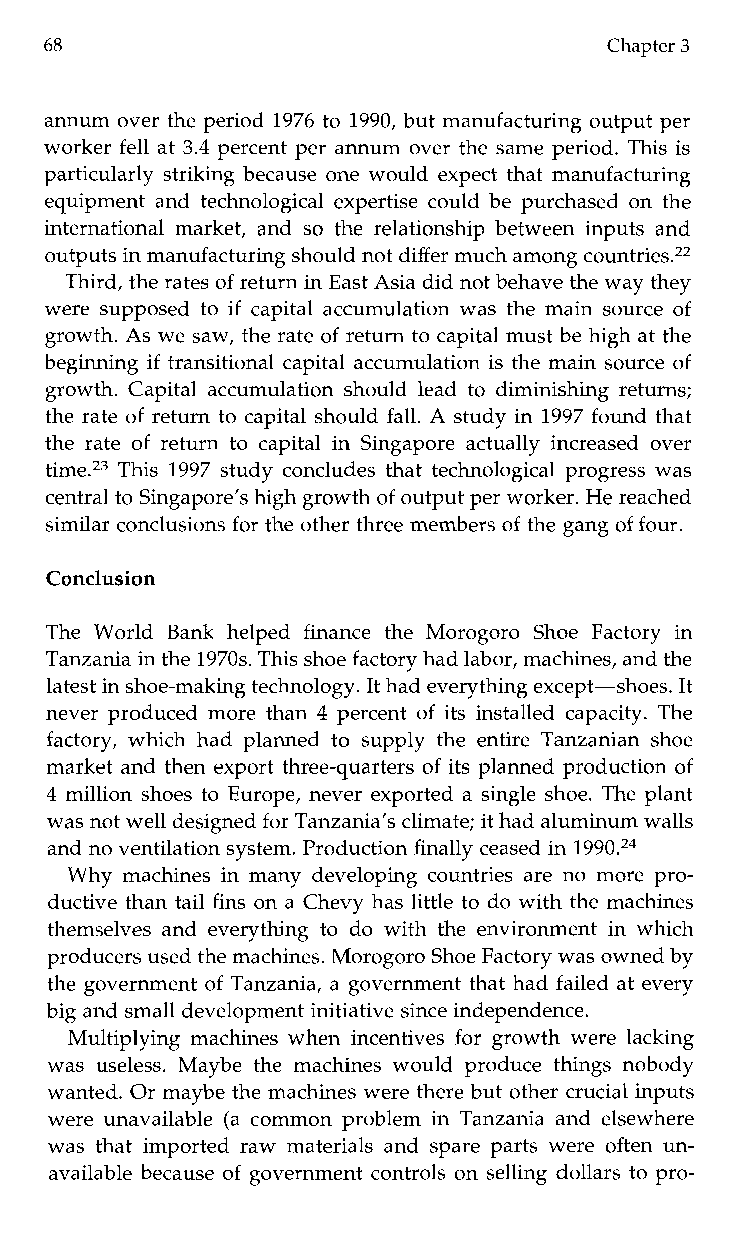
68                                   Chapter 3
 annum over the period 1976 to 1990, but manufacturing output per
 worker fell at 3.4 percent per annum over the same period. This is
 particularly striking because one would expect that manufacturing
 equipment and technological expertise could be purchased on the
 international market, and so the relationship between inputs and
 outputs in manufacturing should not differ much amongc ountries.22
 Third, the rates of return in East Asia did not behavet he way they
 were supposed to if capital accumulation was the main source of
 growth. As we saw, the rate of return to capital must be high at the
 beginning if transitional capital accumulation is the main source of
 growth. Capital accumulation should lead to diminishing returns;
 the rate of return to capital should fall. A study in 1997 found that
 the rate of return to capital in Singapore actually increased over
 time.23 This 1997 study concludes that technological progress was
 central to Singapore’s high growth of output per worker. He reached
 similar conclusions for the other three members of the gang of four.
 Conclusion
 The World Bank helped finance the Morogoro Shoe Factory in
 Tanzania in the 1970s. This shoe factory had labor, machines, and the
 latest in shoe-making technology. It had everythinge xcept-shoes. It
 never produced more than 4 percent of its installed capacity. The
 factory, which had planned to supply the entire Tanzanian shoe
 market and then export three-quarters of its planned production of
 4 million shoes to Europe, never exported a single shoe. The plant
 was not well designed for Tanzania’s climate; it had aluminum walls
 and no ventilation system. Production finally ceased in 1990.24
 Why machines in many developing countries are no more pro-
 ductive than tail fins on a Chevy has little to do with the machines
 themselves and everything to do with the environment in which
 producers used the machines. Morogoro Shoe Factory was owned by
 the government of Tanzania, a government that had failed at every
 big and small development initiative since independence.
 Multiplying machines when incentives for growth were lacking
 was useless. Maybe the machinesw ouldp roduce things nobody
 wanted. Or maybe the machines wereth ere but other crucial inputs
 were unavailable (a common problem in Tanzania and elsewhere
 was that imported raw materials and spare parts were often un-
 available because of government controls on selling dollars to pro-